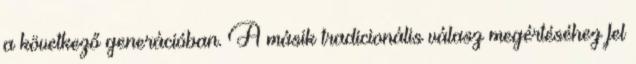
a következő generációban. A másik tradicionális válasz megértéséhez fel